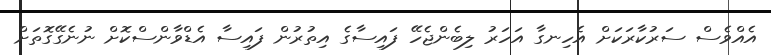
އެއްވެސް ސަރުކާރަކަށް އެހިނގާ އަހަރު ލިބެންޖެހޭ ފައިސާގެ އިތުރުން ފައިސާ އެޑްވާންސްކޮށް ނުނެގޭގޮތަށް